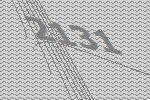
2131